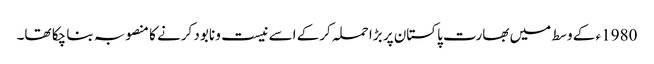
1980ء کے وسط میں بھارت پاکستان پر بڑا حملہ کرکے اسے نیست و نابود کرنے کا منصوبہ بنا چکا تھا۔